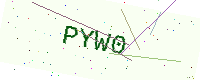
Text: PYW0